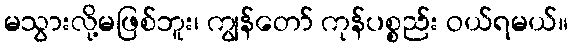
မသွားလို့မဖြစ်ဘူး၊ ကျွန်တော် ကုန်ပစ္စည်း ဝယ်ရမယ်။